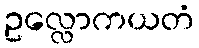
ဥလ္လောကယတံ